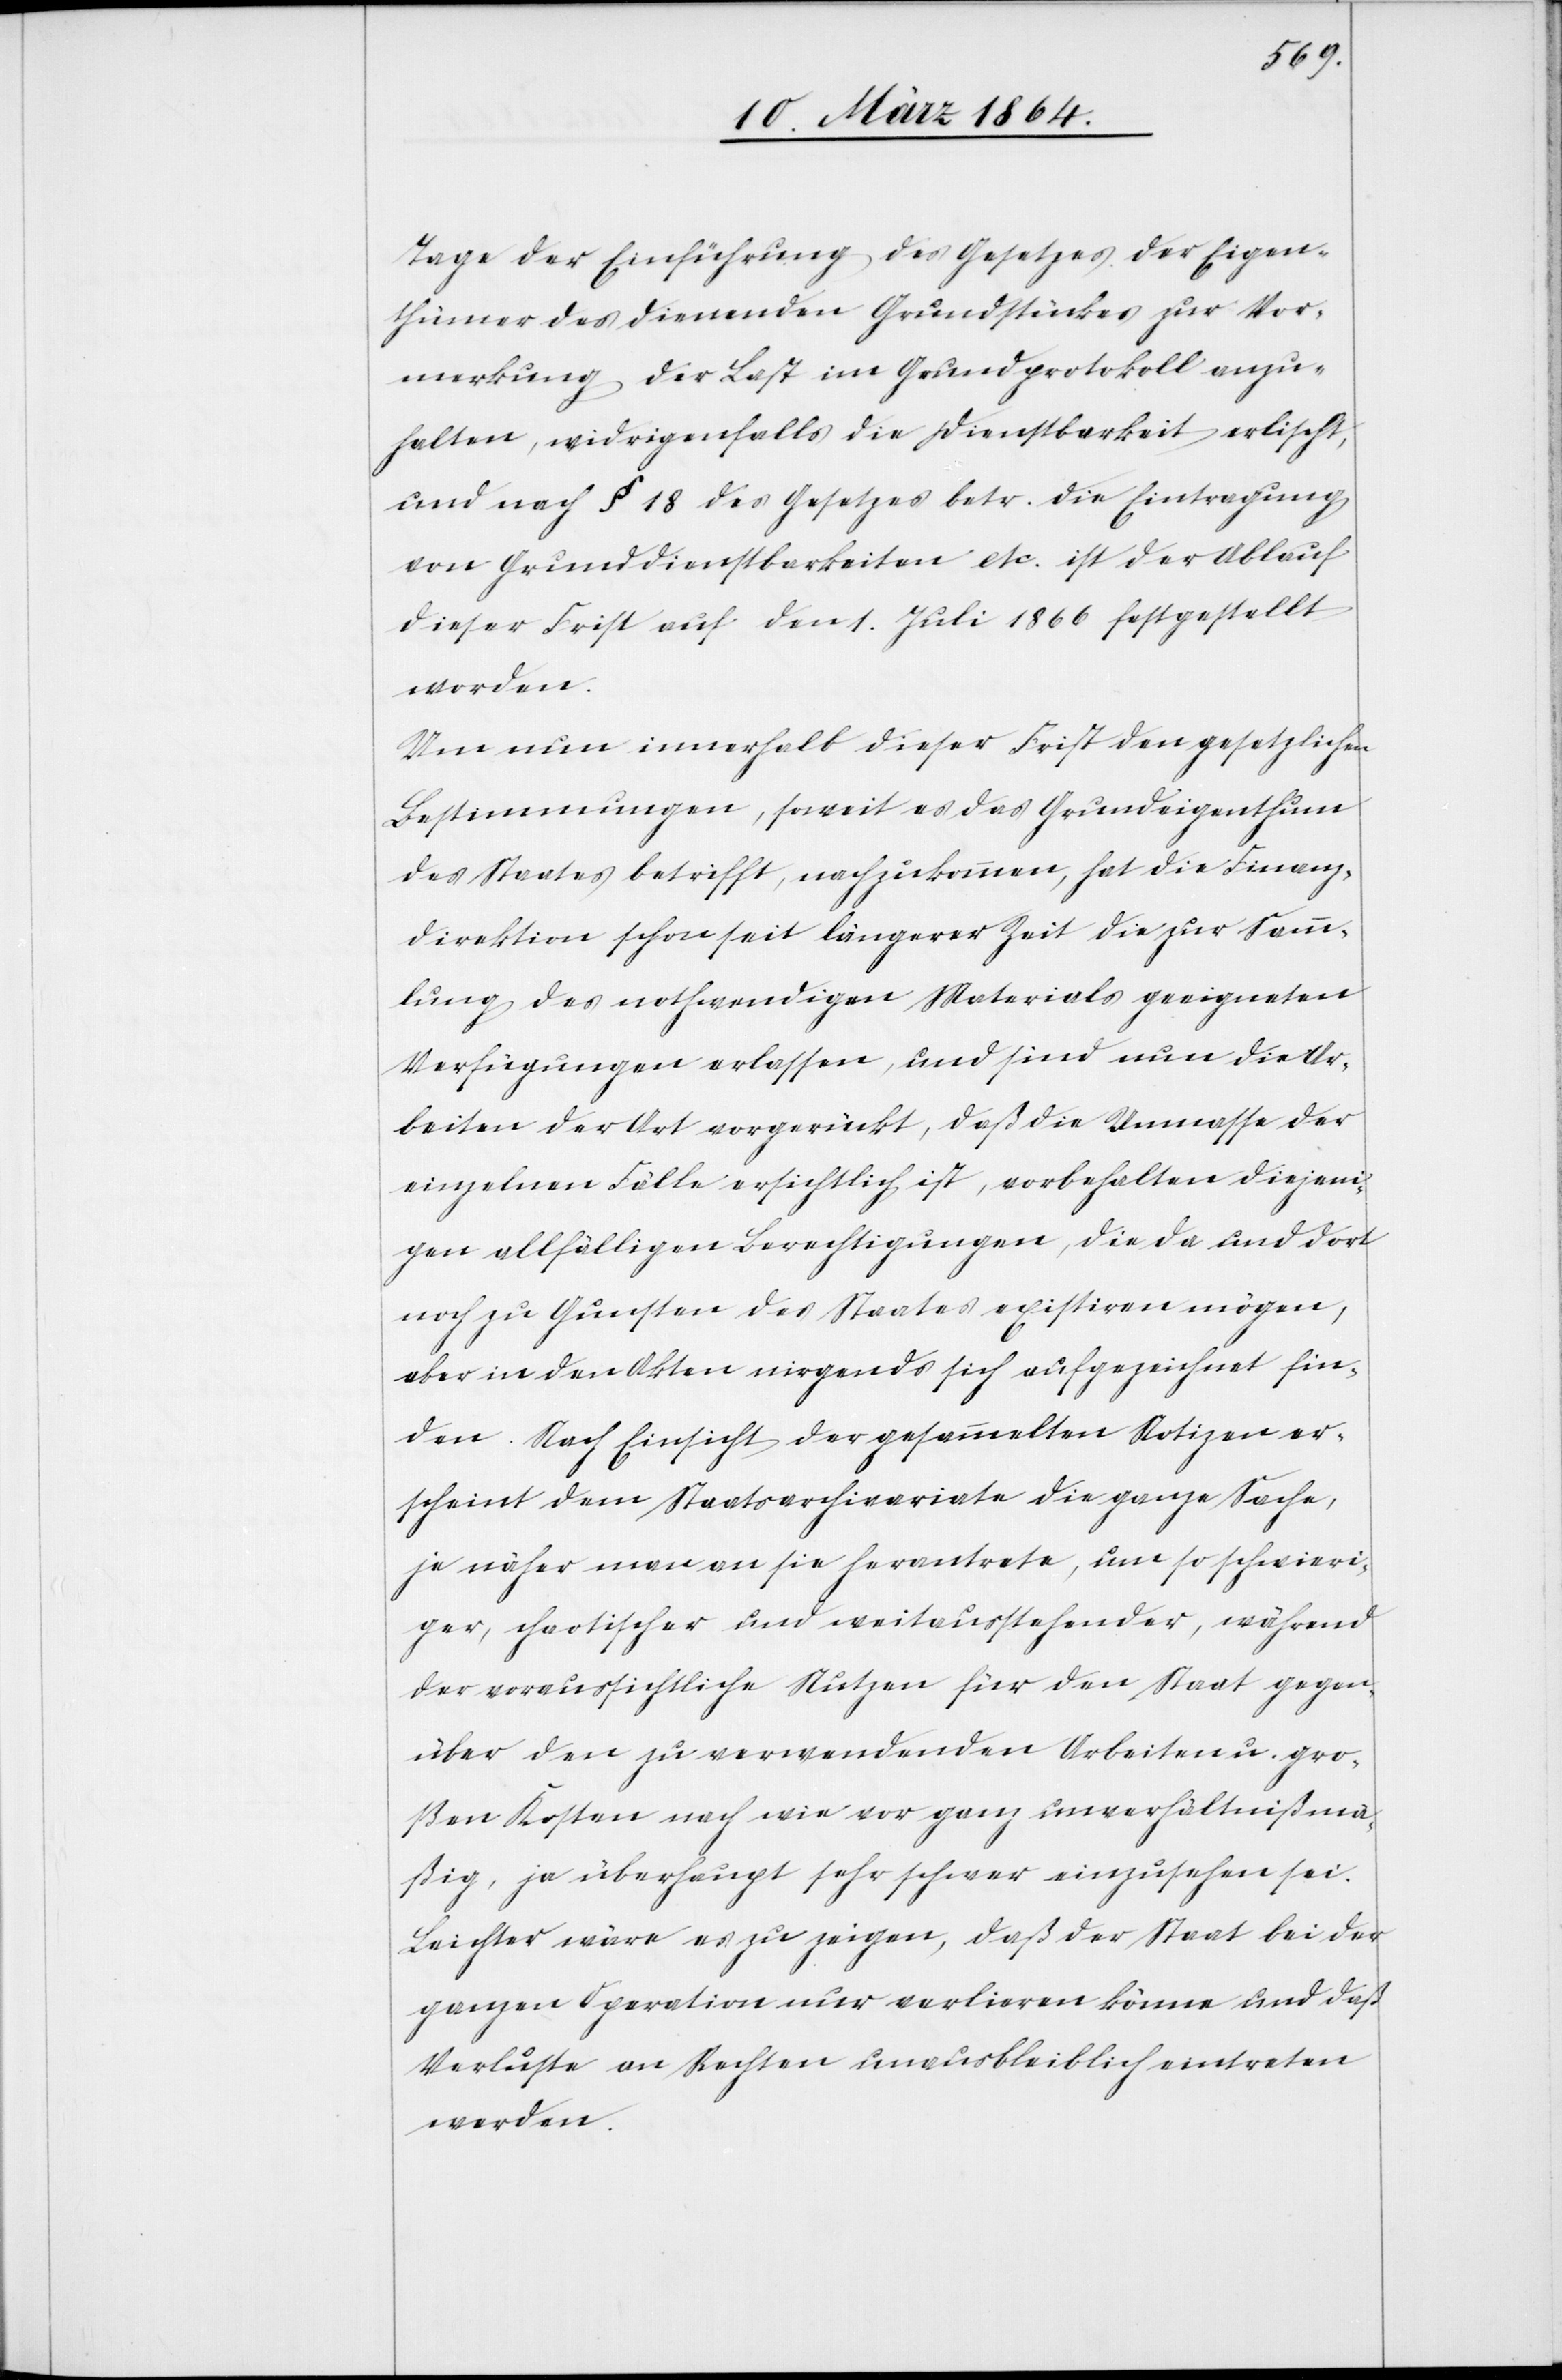
Tage der Einführung des Gesetzes der Eigen¬
thümer des dienenden Grundstückes zur Vor¬
merkung der Last im Grundprotokoll anzu¬
halten, widrigenfalls die Dienstbarkeit erlischt
und nach § 18 des Gesetzes betr. die Eintragung
von Grunddienstbarkeiten etc. ist der Ablauf
dieser Frist auf den 1. Juli 1866 festgestellt
worden:
Von nun innerhalb dieser Frist den gesetzlichen
Bestimmungen, soweit es das Grundeigenthum
des Staates betrifft, nachzukommen, hat die Finanz¬
direktion schon seit längerer Zeit die zur Samm¬
lung des nothwendigen Materials geeigneten
Verfügungen erlassen, und sind nun die Ar¬
beiten der Art vorgerückt, daß die Unmasse der
einzelnen Fälle ersichtlich ist, vorbehalten diejeni¬
gen allfälligen Berechtigungen, die da und dort
noch zu Gunsten des Staates existiren mögen,
aber in den Akten nirgends sich aufgezeichnet fin¬
den. Nach Einsicht der gesammelten Notizen er¬
scheint dem Staatsarchivariate die ganze Sache,
je näher man an sie herantrete, um so schwieri¬
ger, chaotischer und weitausstehender, während
der voraussichtliche Nutzen für den Staat gegen¬
über den zu verwendenden Arbeiten u. gro¬
ßen Kosten nach wie vor ganz unverhältnißmä¬
ßig, ja überhaupt sehr schwer einzusehen sei.
Leichter wäre es zu zeigen, daß der Staat bei der
ganzen Operation nur verlieren könne und daß
Verluste an Rechten unausbleiblich eintreten
werden.